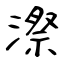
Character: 漈